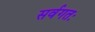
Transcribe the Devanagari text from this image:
सर्वगतः